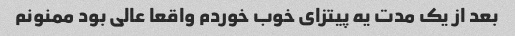
بعد از یک مدت یه پیتزای خوب خوردم واقعا عالی بود ممنونم